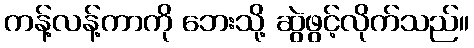
ကန့်လန့်ကာကို ဘေးသို့ ဆွဲဖွင့်လိုက်သည်။